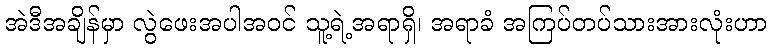
အဲဒီအချိန်မှာ လွဲဖေးအပါအဝင် သူ့ရဲ့အရာရှိ၊ အရာခံ အကြပ်တပ်သားအားလုံးဟာ